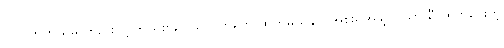
ပြင်ပဟိုတယ်မှာတည်းလို့ ကိုယ်စားလှယ်ကတ်တွေ ထုတ်မယူနိုင်၊ အစိုးရအဖွဲ့က ယာယီ ထုတ်ပေးတဲ့